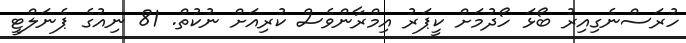
ހުރަސްނެގިއިރު ބޯޅަ ހޯދުމަށް ކީޕަރު އިމްރާންވެސް ކުރިއަށް ނުކުތް. 81 ނިއުގެ ޕެނަލްޓީ